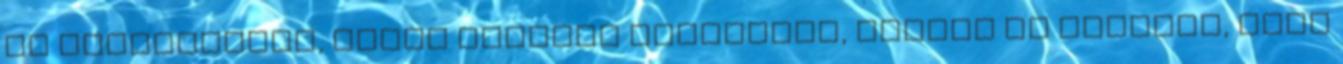
és kiszavazzák, akkor széttép mindenkit, letépi az ajtókat, vagy